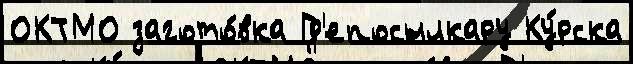
ОКТМО загото́вка Гд'епосылкару Ку́рска